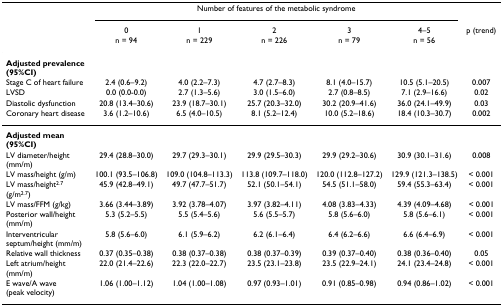
<table><thead><tr><td></td><td colspan="5"><b>Number of features of the metabolic syndrome</b></td><td></td></tr><tr><td></td><td><b>0</b></td><td><b>1</b></td><td><b>2</b></td><td><b>3</b></td><td><b>4–5</b></td><td><b>p (trend)</b></td></tr><tr><td></td><td><b>n = 94</b></td><td><b>n = 229</b></td><td><b>n = 226</b></td><td><b>n = 79</b></td><td><b>n = 56</b></td><td></td></tr></thead><tbody><tr><td><b>Adjusted prevalence (95%CI)</b></td><td></td><td></td><td></td><td></td><td></td><td></td></tr><tr><td>Stage C of heart failure</td><td>2.4 (0.6–9.2)</td><td>4.0 (2.2–7.3)</td><td>4.7 (2.7–8.3)</td><td>8.1 (4.0–15.7)</td><td>10.5 (5.1–20.5)</td><td>0.007</td></tr><tr><td>LVSD</td><td>0.0 (0.0-0.0)</td><td>2.7 (1.3–5.6)</td><td>3.0 (1.5–6.0)</td><td>2.7 (0.8–8.5)</td><td>7.1 (2.9–16.6)</td><td>0.02</td></tr><tr><td>Diastolic dysfunction</td><td>20.8 (13.4–30.6)</td><td>23.9 (18.7–30.1)</td><td>25.7 (20.3–32.0)</td><td>30.2 (20.9–41.6)</td><td>36.0 (24.1–49.9)</td><td>0.03</td></tr><tr><td>Coronary heart disease</td><td>3.6 (1.2–10.6)</td><td>6.5 (4.0–10.5)</td><td>8.1 (5.2–12.4)</td><td>10.0 (5.2–18.6)</td><td>18.4 (10.3–30.7)</td><td>0.002</td></tr><tr><td><b>Adjusted mean (95%CI)</b></td><td></td><td></td><td></td><td></td><td></td><td></td></tr><tr><td>LV diameter/height (mm/m)</td><td>29.4 (28.8–30.0)</td><td>29.7 (29.3–30.1)</td><td>29.9 (29.5–30.3)</td><td>29.9 (29.2–30.6)</td><td>30.9 (30.1–31.6)</td><td>0.008</td></tr><tr><td>LV mass/height (g/m)</td><td>100.1 (93.5–106.8)</td><td>109.0 (104.8–113.3)</td><td>113.8 (109.7–118.0)</td><td>120.0 (112.8–127.2)</td><td>129.9 (121.3–138.5)</td><td>&lt; 0.001</td></tr><tr><td>LV mass/height<sup>2.7 </sup>(g/m<sup>2.7</sup>)</td><td>45.9 (42.8–49.1)</td><td>49.7 (47.7–51.7)</td><td>52.1 (50.1–54.1)</td><td>54.5 (51.1–58.0)</td><td>59.4 (55.3–63.4)</td><td>&lt; 0.001</td></tr><tr><td>LV mass/FFM (g/kg)</td><td>3.66 (3.44–3.89)</td><td>3.92 (3.78–4.07)</td><td>3.97 (3.82–4.11)</td><td>4.08 (3.83–4.33)</td><td>4.39 (4.09–4.68)</td><td>&lt; 0.001</td></tr><tr><td>Posterior wall/height (mm/m)</td><td>5.3 (5.2–5.5)</td><td>5.5 (5.4–5.6)</td><td>5.6 (5.5–5.7)</td><td>5.8 (5.6–6.0)</td><td>5.8 (5.6–6.1)</td><td>&lt; 0.001</td></tr><tr><td>Interventricular septum/height (mm/m)</td><td>5.8 (5.6–6.0)</td><td>6.1 (5.9–6.2)</td><td>6.2 (6.1–6.4)</td><td>6.4 (6.2–6.6)</td><td>6.6 (6.4–6.9)</td><td>&lt; 0.001</td></tr><tr><td>Relative wall thickness</td><td>0.37 (0.35–0.38)</td><td>0.38 (0.37–0.38)</td><td>0.38 (0.37–0.39)</td><td>0.39 (0.37–0.40)</td><td>0.38 (0.36–0.40)</td><td>0.05</td></tr><tr><td>Left atrium/height (mm/m)</td><td>22.0 (21.4–22.6)</td><td>22.3 (22.0–22.7)</td><td>23.5 (23.1–23.8)</td><td>23.5 (22.9–24.1)</td><td>24.1 (23.4–24.8)</td><td>&lt; 0.001</td></tr><tr><td>E wave/A wave (peak velocity)</td><td>1.06 (1.00–1.12)</td><td>1.04 (1.00–1.08)</td><td>0.97 (0.93–1.01)</td><td>0.91 (0.85–0.98)</td><td>0.94 (0.86–1.02)</td><td>&lt; 0.001</td></tr></tbody></table>